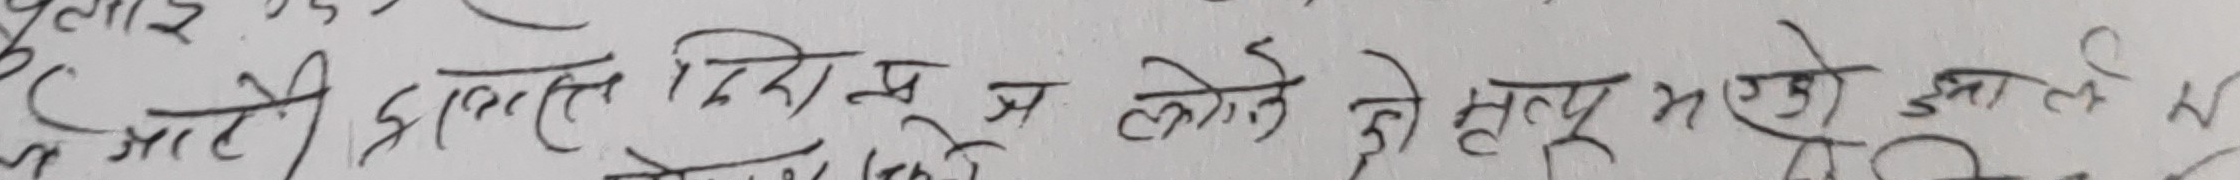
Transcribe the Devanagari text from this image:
माटी प्राप्ति निरूप न सक्ने हो सत्य भएको झाले वा